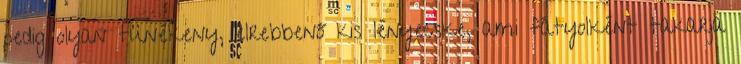
pedig olyan tünékeny, elrebbenő kis lényecske, ami fátyolként takarja